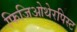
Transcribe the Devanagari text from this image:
फिजिओथेरपिस्ट